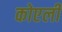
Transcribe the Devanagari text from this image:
कोएली